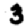
Digit: 3